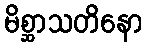
မိစ္ဆာသတိနော